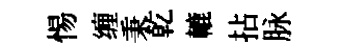
惕缠秉乾轆拈脉